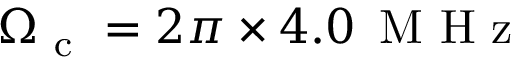
\Omega _ { \mathrm { ~ c ~ } } = 2 \pi \times 4 . 0 \, \mathrm { ~ M ~ H ~ z ~ }